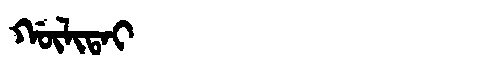
Manchu: ᡤᡡᠯᡳᡨᠠᡳ
Romanization: GŪLITAI